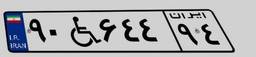
۷۳W۱۳۴۴۵